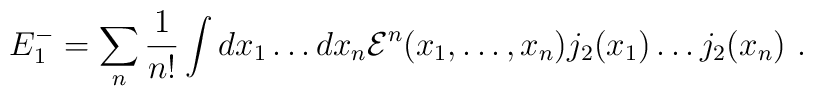
E_1^-=\sum_n \frac 1{n!} \int dx_1\dots dx_n {\cal E}^n(x_1,\dots ,x_n)j_2(x_1)\dots j_2(x_n) \ .